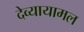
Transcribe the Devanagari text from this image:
देव्यायामल